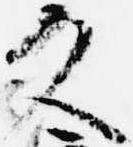
久